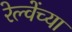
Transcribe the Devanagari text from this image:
रेल्वेंच्या